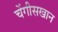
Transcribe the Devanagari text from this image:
चेंगीसखान